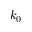
k _ { 0 }